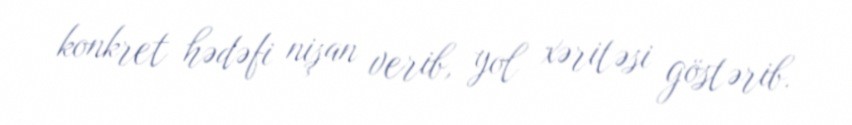
konkret hədəfi nişan verib, yol xəritəsi göstərib.